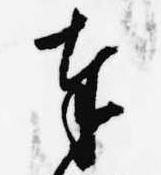
奉